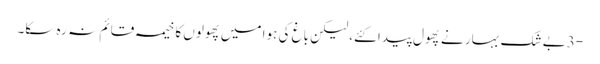
-3بے شک بہار نے پھول پیدا کئے، لیکن باغ کی ہوا میں پھولوں کا خیمہ قائم نہ رہ سکا۔